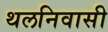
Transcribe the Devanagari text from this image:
थलनिवासी